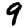
Digit: 9